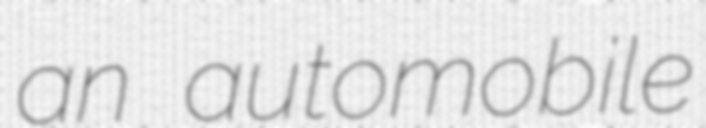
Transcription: an automobile